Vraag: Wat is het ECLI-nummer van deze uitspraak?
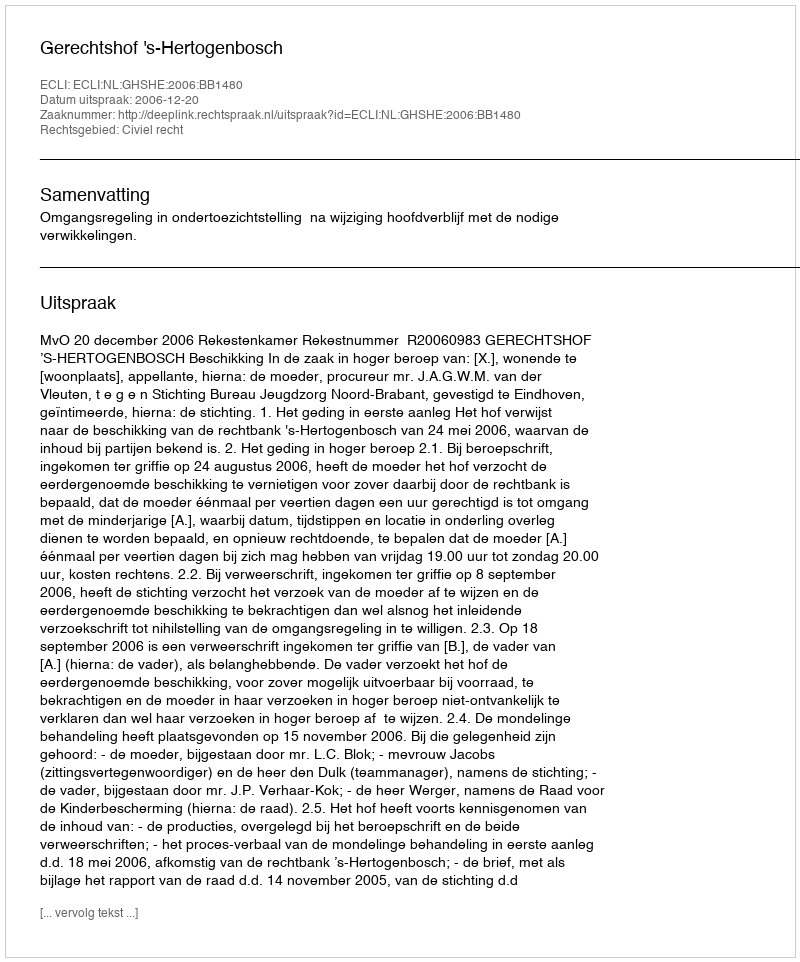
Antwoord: ECLI:NL:GHSHE:2006:BB1480